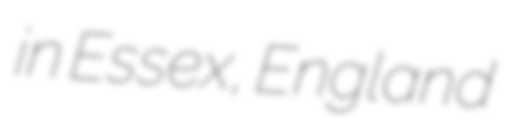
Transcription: in Essex, England